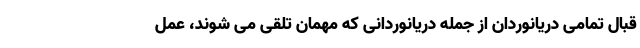
قبال تمامی دریانوردان از جمله دریانوردانی که مهمان تلقی می شوند، عمل